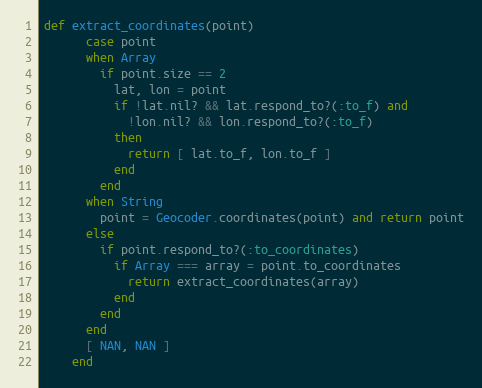
Language: Ruby
def extract_coordinates(point)
      case point
      when Array
        if point.size == 2
          lat, lon = point
          if !lat.nil? && lat.respond_to?(:to_f) and
            !lon.nil? && lon.respond_to?(:to_f)
          then
            return [ lat.to_f, lon.to_f ]
          end
        end
      when String
        point = Geocoder.coordinates(point) and return point
      else
        if point.respond_to?(:to_coordinates)
          if Array === array = point.to_coordinates
            return extract_coordinates(array)
          end
        end
      end
      [ NAN, NAN ]
    end